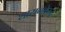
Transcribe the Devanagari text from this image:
शासनकेन्द्र